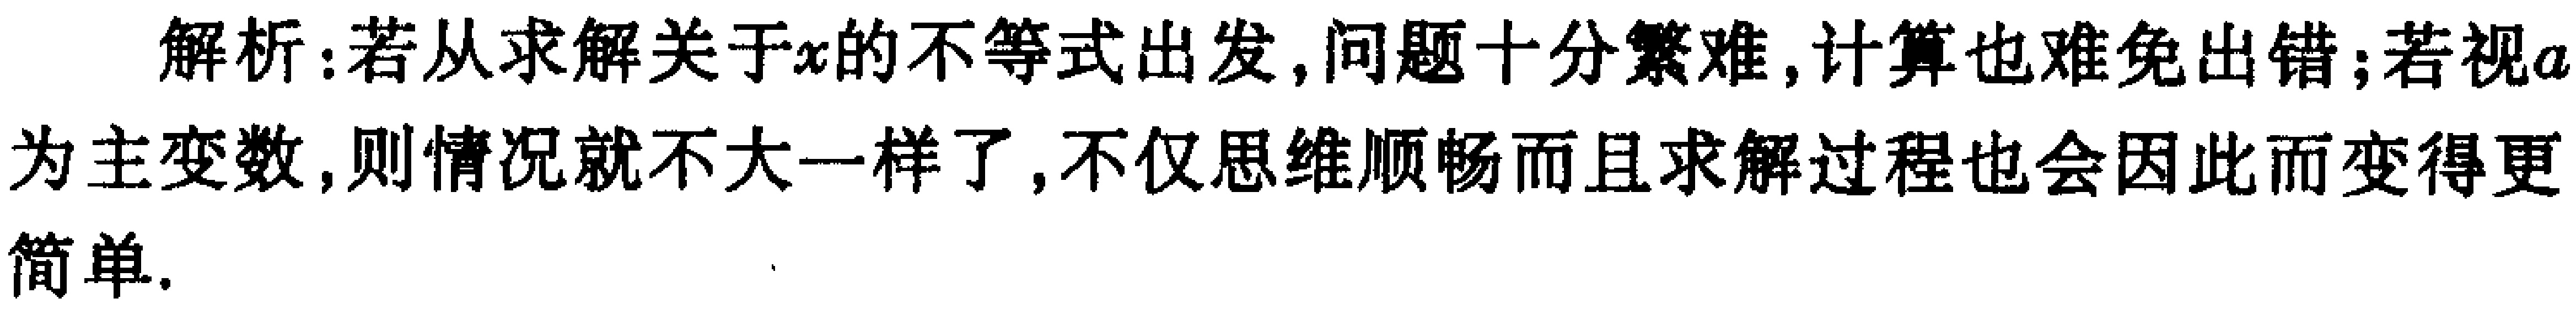
解析：若从求解关于\(x\)的不等式出发，问题十分繁难，计算也难免出错；若视\(a\)为主变数，则情况就不大一样了，不仅思维顺畅而且求解过程也会因此而变得更简单.